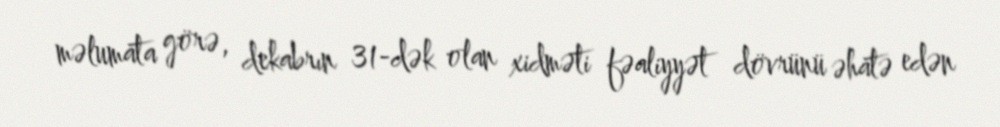
məlumata görə, dekabrın 31-dək olan xidməti fəaliyyət dövrünü əhatə edən